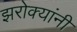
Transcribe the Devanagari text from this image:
झरोक्यांनी